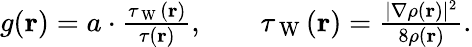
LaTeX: \begin{array}{r}{g(\mathbf{r})=a\cdot\frac{\tau_{\mathrm{~W~}}(\mathbf{r})}{\tau(\mathbf{r})},\qquad\tau_{\mathrm{~W~}}(\mathbf{r})=\frac{|\nabla\rho(\mathbf{r})|^{2}}{8\rho(\mathbf{r})}.}\end{array}